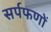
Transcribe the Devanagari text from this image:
सर्पफणों